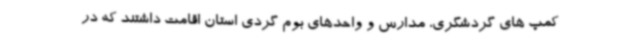
کمپ های گردشگری، مدارس و واحدهای بوم گردی استان اقامت داشتند که در